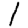
Digit: 1